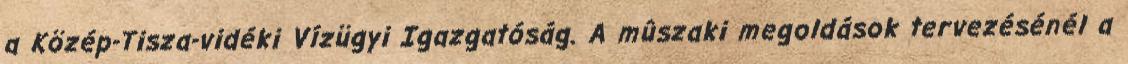
a Közép-Tisza-vidéki Vízügyi Igazgatóság. A mûszaki megoldások tervezésénél a